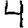
Digit: 4